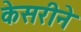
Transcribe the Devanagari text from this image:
केसरीने